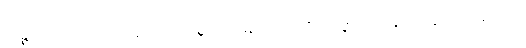
သဉ္ဇဂ္ဃိတောယထာ၊ ရှေးက ပြင်းစွာရယ်မြူးသကဲ့သို့။ အဇ္ဇာပိ၊ ယခုကိုးကွယ်ရာ ရှိသော